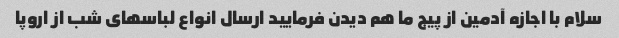
سلام با اجازه آدمین از پیج ما هم دیدن فرمایید ارسال انواع لباسهای شب از اروپا